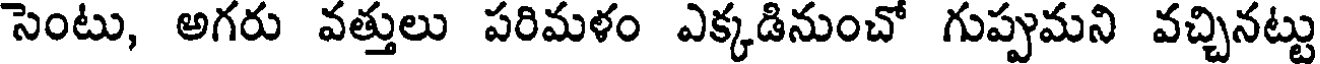
సెంటు, అగరు వత్తులు పరిమళం ఎక్కడినుంచో గుప్పుమని వచ్చినట్టు